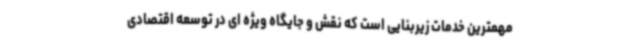
مهمترین خدمات زیربنایی است که نقش و جایگاه ویژه ای در توسعه اقتصادی